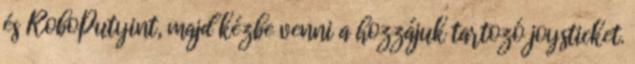
és RoboPutyint, majd kézbe venni a hozzájuk tartozó joysticket.